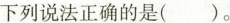
下列说法正确的是( )。